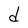
Character: d